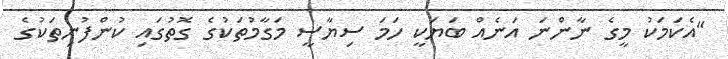
"އެކަމަކު މީގެ ނާންނަ އަނެއް ބަޔަކީ ހަމަ ސިޔާސީ މަގާމުތަކުގެ ގޮތުގައި ކުންފުނިތަކުގެ